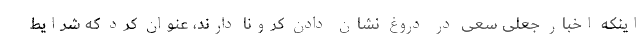
اینکه اخبار جعلی سعی در دروغ نشان دادن کرونا دارند، عنوان کرد که شرایط